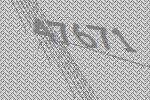
47671